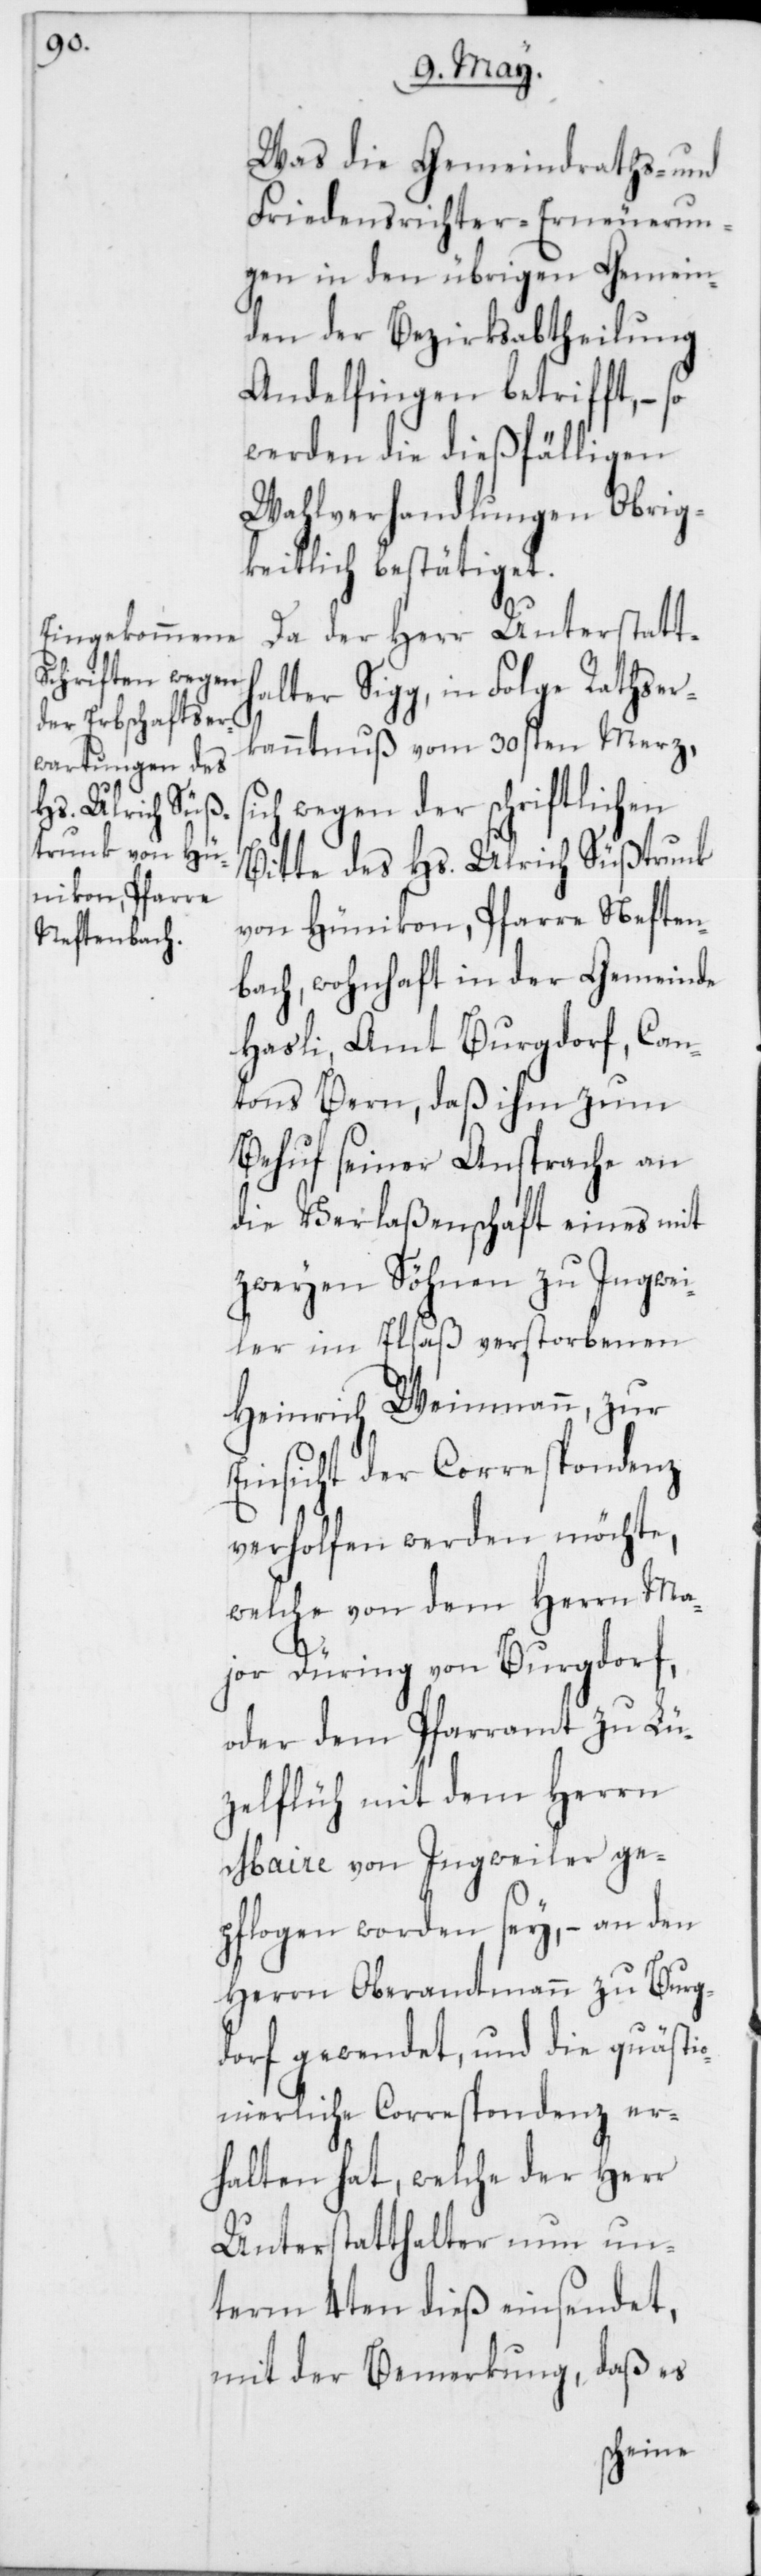
Was die Gemeindraths- und
Friedensrichter-Erneuerun¬
gen in den übrigen Gemein¬
den der Bezirksabtheilung
Andelfingen betrifft, – so
werden die dießfälligen
Wahlverhandlungen Obrig¬
keitlich bestätiget.
Da der Herr Unterstatt¬
halter Sigg, in Folge Rathser¬
kanntnuß vom 30sten Merz,
wegen der schriftlichen
Bitte des Hs. Ulrich Süßtrunk
von Hünikon, Pfarre Neften¬
bach, wohnhaft in der Gemeinde
Hasli, Amt Burgdorf Can¬
tons Bern, daß ihm zum
Behuf seiner Ansprache an
die Verlaßenschaft eines mit
zweyen Söhnen zu Ingwei¬
ler im Elsaß verstorbenen
Heinrich Weinmann, zur
Einsicht der Correspondenz
verholfen werden möchte,
welche von dem Herrn Ma¬
jor Düring von Burgdorf,
oder dem Pfarramt zu Lü¬
tzelflüh mit dem Herrn
Maire von Ingweiler ge¬
pflogen worden sey, – an den
Herrn Oberamtmann zu Burg¬
dorf gewendet, und die quästi¬
onierliche Correspondenz er¬
halten hat, welche der Herr
Unterstatthalter nun un¬
term 4ten dieß einsendet,
mit der Bemerkung, daß es